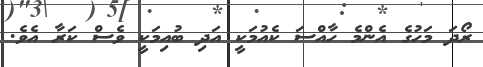
ރޯދަ މަހުގެ އެންމެ ހާއްސަ ކެއުމަކީ އަދި ބުއިމަކީ ވެސް ކަރާ އެވެ.